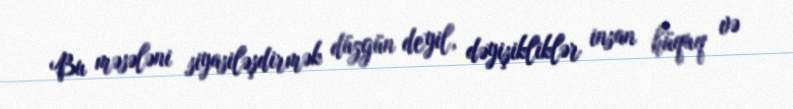
Bu məsələni siyasiləşdirmək düzgün deyil, dəyişikliklər insan hüquq və